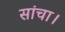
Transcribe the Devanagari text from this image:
सांचा।